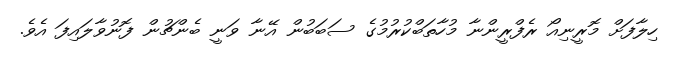
ހިލާފަށް މޮރީނިއޯ ރެފްރީންނާ މުހާތަބްކުރުމުގެ ސަބަބުން އޭނާ ވަނީ ބެންޗުން ފޮނުވާލައިފަ އެވެ.